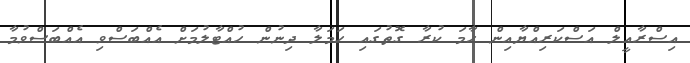
އިސްރާއީލް އަސްކަރިއްޔާއިން ހާމަ ކުރާ ގޮތުގައި ހަމަލާ ދިނުން ހުއްޓާލުމަށް އެއްބަސްވި އެއްބަސްވުމާ